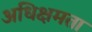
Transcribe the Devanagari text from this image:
अधिक्षमता